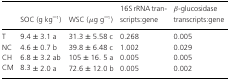
<table><thead><tr><td></td><td><b>SOC (g kg<sup>–1</sup>)</b></td><td><b>WSC (μg g<sup>–1</sup>)</b></td><td><b>16S rRNA transcripts:gene</b></td><td><b>β-glucosidase transcripts:gene</b></td></tr></thead><tbody><tr><td>T</td><td>9.4 ± 3.1 a</td><td>31.3 ± 5.58 c</td><td>0.268</td><td>0.005</td></tr><tr><td>NC</td><td>4.6 ± 0.7 b</td><td>39.8 ± 6.48 c</td><td>1.002</td><td>0.029</td></tr><tr><td>CH</td><td>6.8 ± 3.2 ab</td><td>105 ± 16. 5 a</td><td>0.005</td><td>0.005</td></tr><tr><td>CM</td><td>8.3 ± 2.0 a</td><td>72.6 ± 12.0 b</td><td>0.005</td><td>0.002</td></tr></tbody></table>